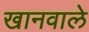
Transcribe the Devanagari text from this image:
खानवाले